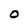
Character: 0